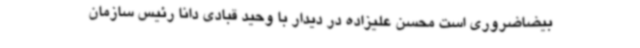
بیضاضروری است محسن علیزاده در دیدار با وحید قبادی دانا رئیس سازمان